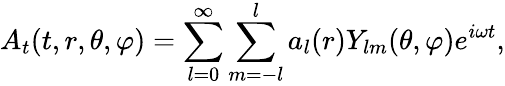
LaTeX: A_{t}(t,r,\theta,\varphi)=\sum_{l=0}^{\infty}\sum_{m=-l}^{l}a_{l}(r)Y_{lm}(\theta,\varphi)e^{i\omega t},